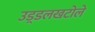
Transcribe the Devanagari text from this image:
उड़्डलखटोले